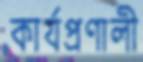
কার্যপ্রণালী